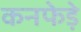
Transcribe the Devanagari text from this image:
कनफेड़े